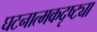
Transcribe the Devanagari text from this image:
घटनात्मकदृष्ट्या